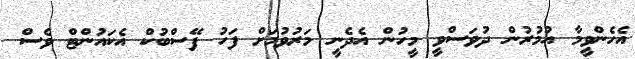
އެހެންވީމާ އުމުރުން ދުވަސްވީ މީހުން އެދެނީ މަރުވުމަށް ފަހު ފޭސްބުކް އެކައުންޓް ވެސް